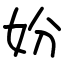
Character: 妢